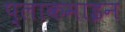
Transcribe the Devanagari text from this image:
प्लाकमाइन